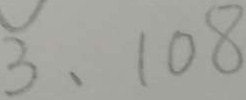
3 、 1 0 8